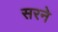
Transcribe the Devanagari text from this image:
सरने